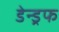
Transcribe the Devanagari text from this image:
डेन्ड्रफ